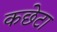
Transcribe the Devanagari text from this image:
कछेटा